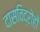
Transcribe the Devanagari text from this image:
दासविद्रोहों